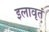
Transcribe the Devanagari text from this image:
इलावृतं